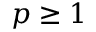
p \geq 1